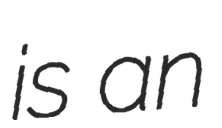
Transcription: is an